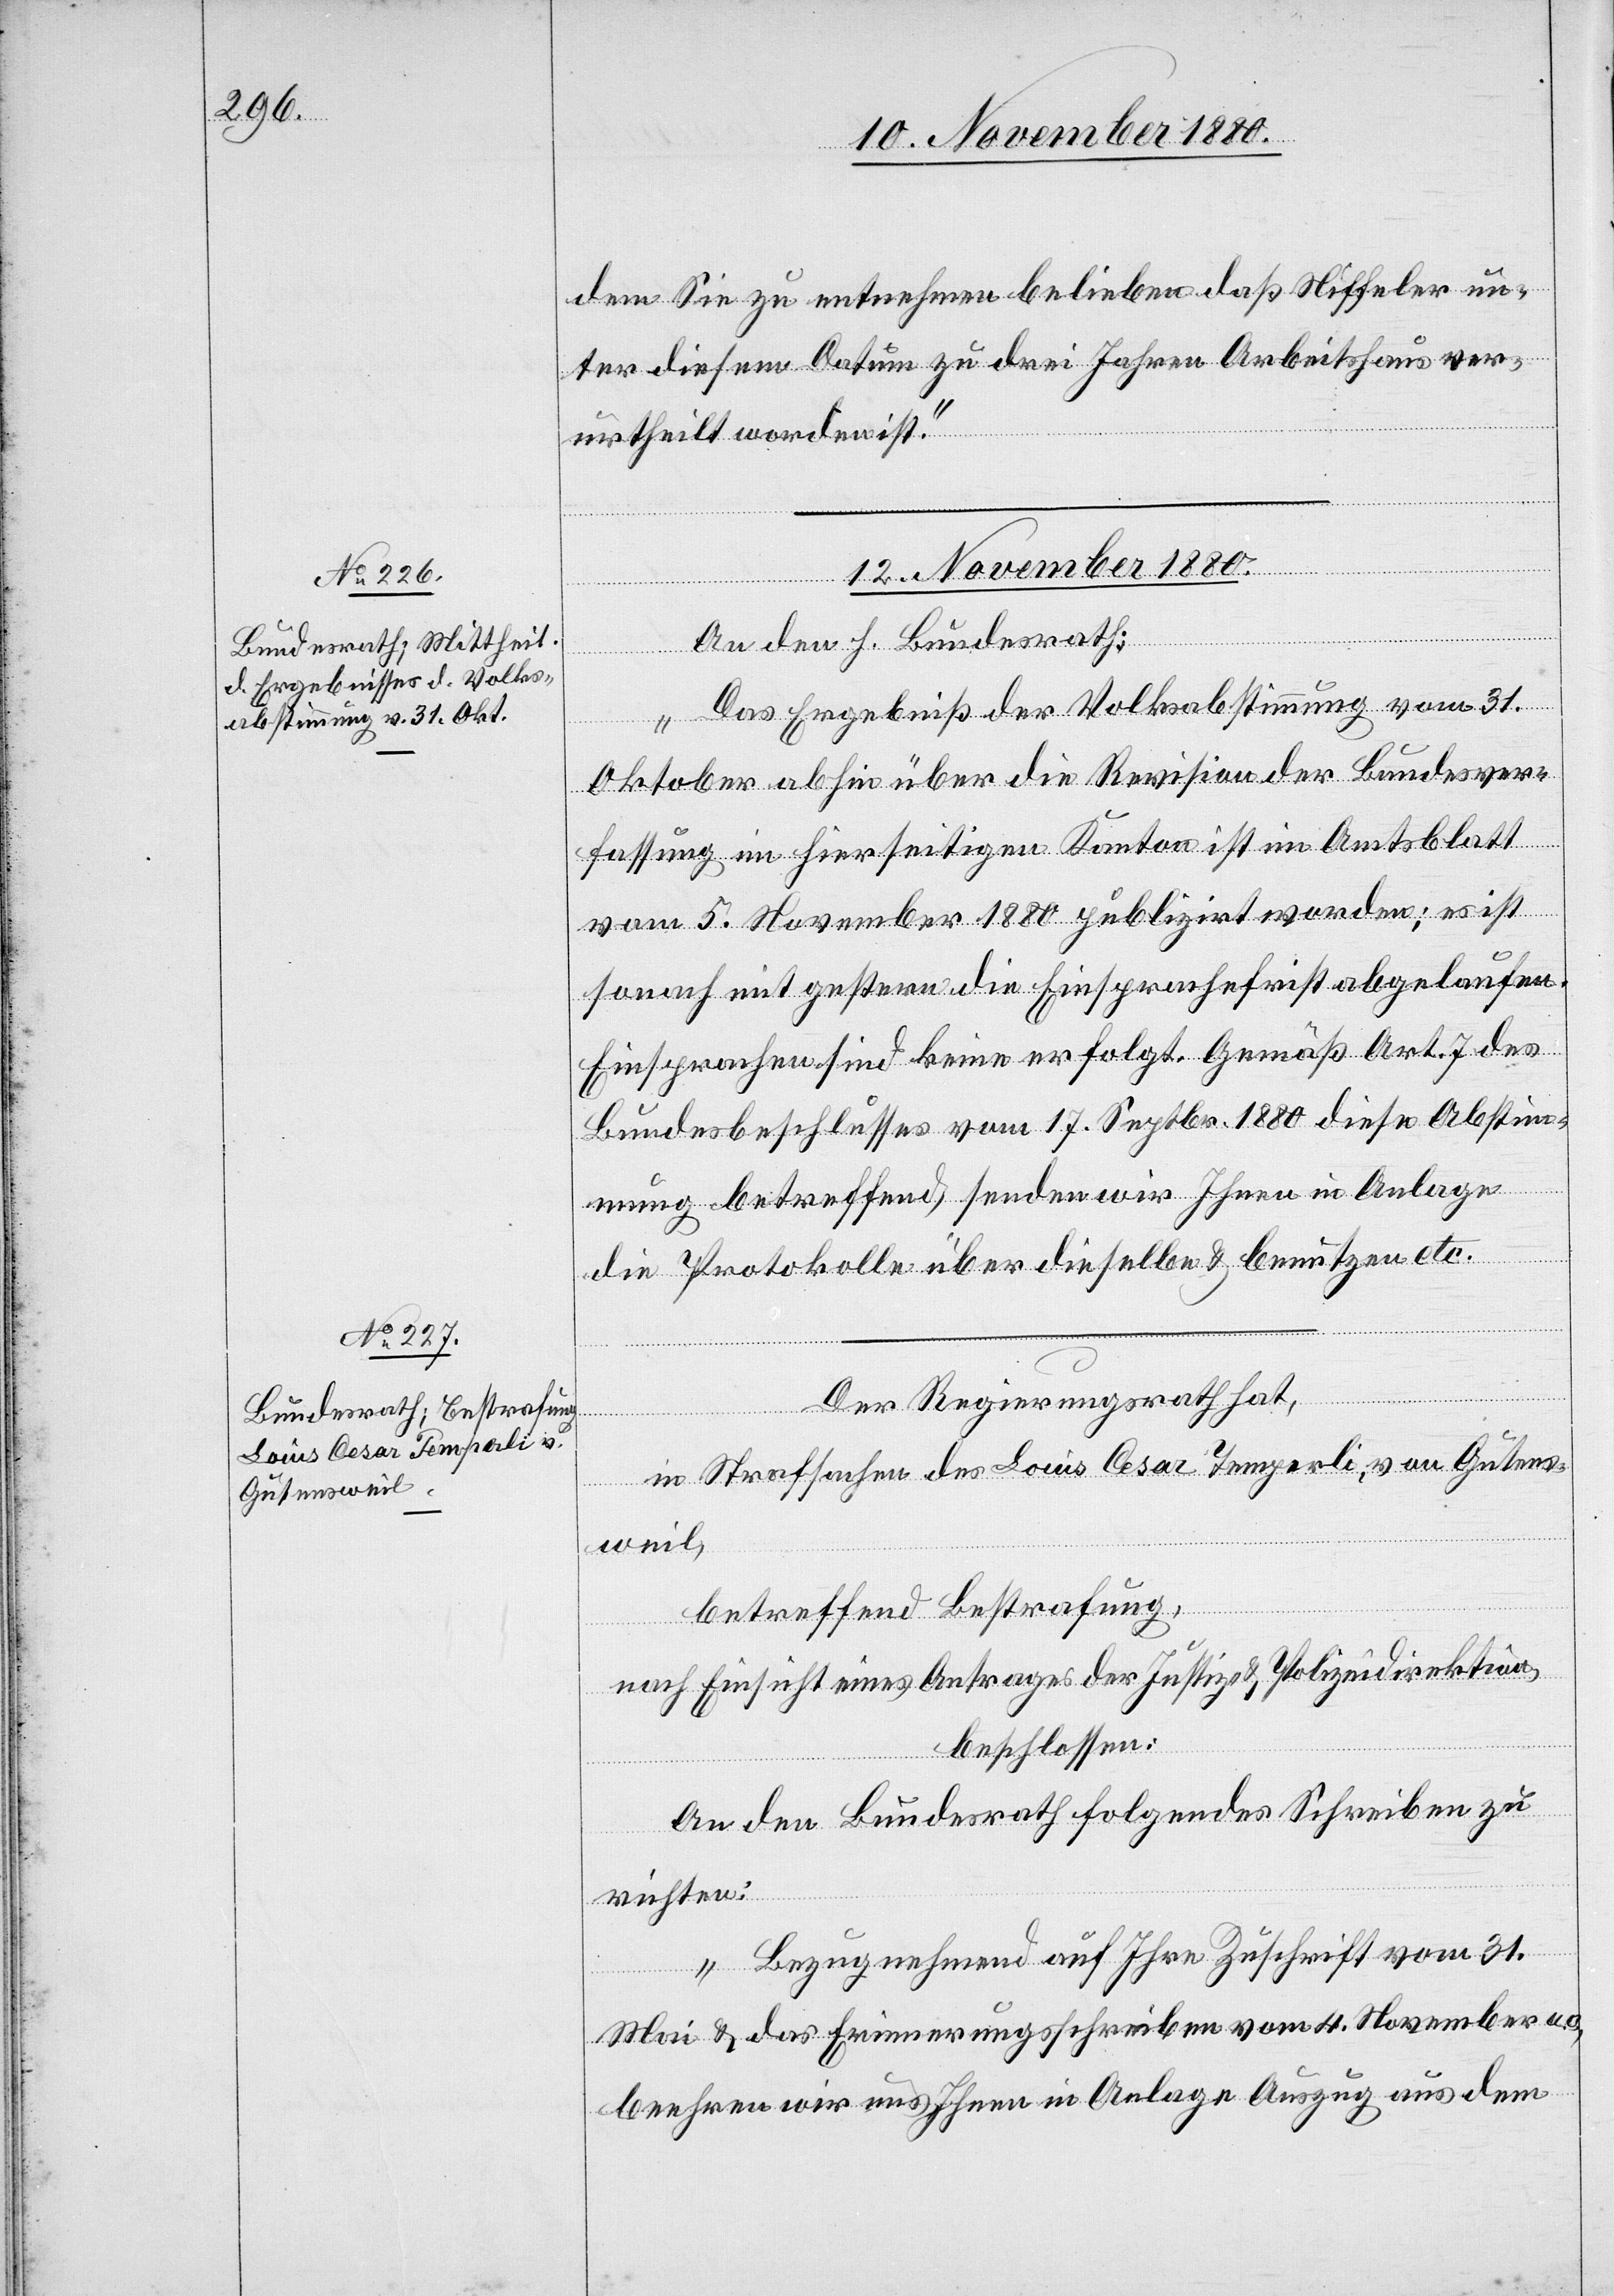
dem Sie zu entnehmen belieben daß Niffeler un¬
ter diesem Datum zu drei Jahren Arbeitshaus ver¬
urtheilt worden ist.“
12. November 1880.]
An den h. Bundesrath:
„Das Ergebniß der Volksabstimmung vom 31.
Oktober abhin über die Revision der Bundesver¬
fassung im hierseitigen Kanton ist im Amtsblatt
vom 5. November 1880 publizirt worden; es ist
sonach mit gestern die Einsprachefrist abgelaufen.
Einsprachen sind keine erfolgt. Gemäß Art. 7 des
Bundesbeschlusses vom 17. Septbr. 1880 diese Abstim¬
mung betreffend, senden wir Ihnen in Anlage
die Protokolle über dieselben & benutzen etc.“
Der Regierungsrath hat,
in Strafsachen des Louis Cesar Temperli, von Gutens¬
weil,
betreffend Bestrafung,
nach Einsicht eines Antrages der Justiz- & Polizeidirektion,
beschlossen:
An den Bundesrath folgendes Schreiben zu
richten:
„Bezugnehmend auf Ihre Zuschrift vom 31.
Mai & das Erinnerungsschreiben vom 4. November a.
beehren wir uns Ihnen in Anlage Auszug aus dem